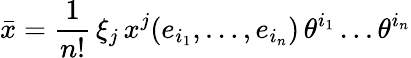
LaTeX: \bar{x}=\frac{1}{n!}\, \xi_{j}\, x^{j}(e_{i_{1}},\dots,e_{i_{n}})\, \theta^{i_{1}}\dots\theta^{i_{n}}